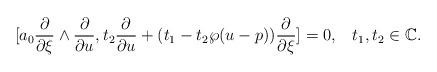
LaTeX: \begin{align*}[a_0\frac{\partial}{\partial \xi}\wedge \frac{\partial}{\partial u}, t_2\frac{\partial}{\partial u}+( t_1-t_2\wp(u-p))\frac{\partial}{\partial \xi}]=0,\,\,\,\,\,t_1,t_2\in \mathbb{C}.\end{align*}